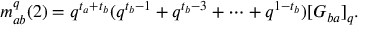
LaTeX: m _ { a b } ^ { q } ( 2 ) = q ^ { t _ { a } + t _ { b } } ( q ^ { t _ { b } - 1 } + q ^ { t _ { b } - 3 } + \cdots + q ^ { 1 - t _ { b } } ) [ G _ { b a } ] _ { q } .